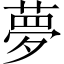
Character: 夢